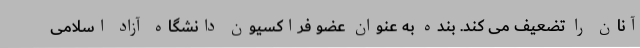
آنان را تضعیف می کند. بنده به عنوان عضو فراکسیون دانشگاه آزاد اسلامی